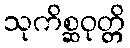
သုကိစ္ဆဝုတ္တိ